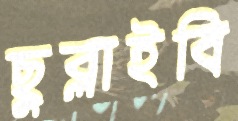
ছুব্‌লাইবি